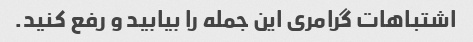
اشتباهات گرامری این جمله را بیابید و رفع کنید.